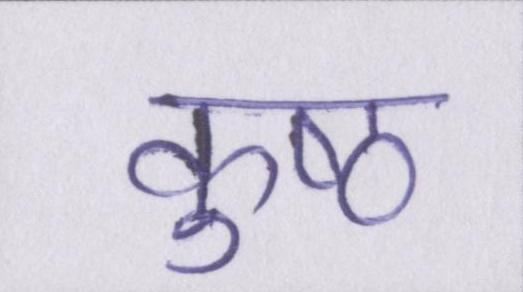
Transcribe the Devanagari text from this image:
कुष्ठ